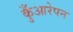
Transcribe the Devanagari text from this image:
कुँआरेपन